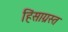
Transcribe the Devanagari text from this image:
हिंसाग्रस्त